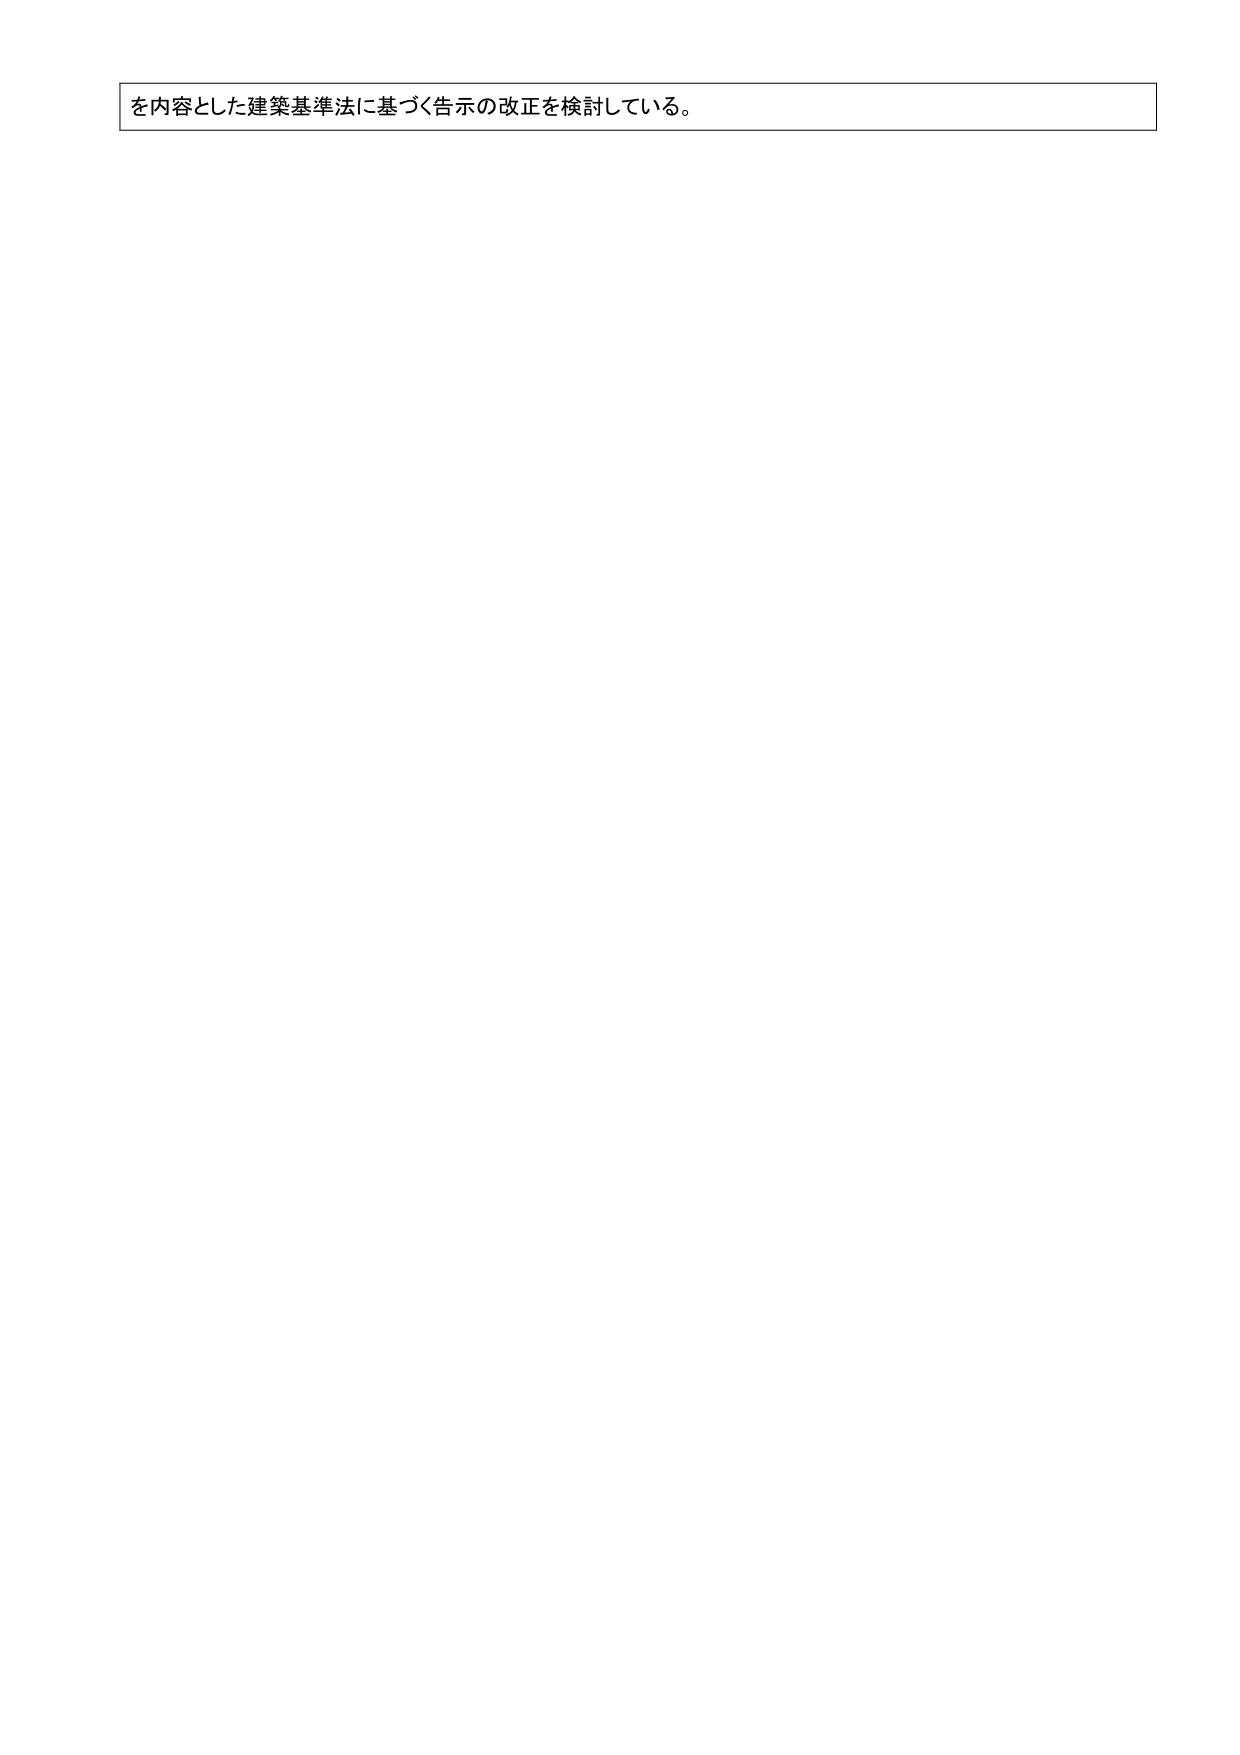
を内容とした建築基準法に基づく告示の改正を検討している。